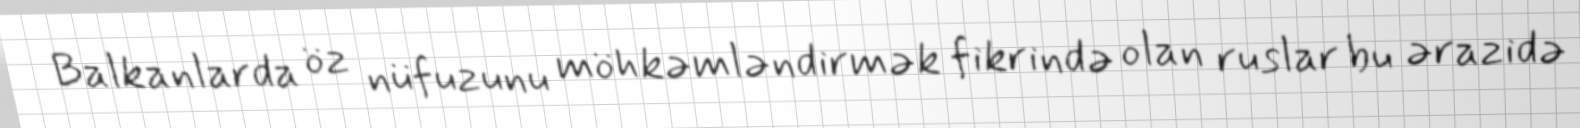
Balkanlarda öz nüfuzunu möhkəmləndirmək fikrində olan ruslar bu ərazidə